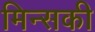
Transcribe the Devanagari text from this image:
मिन्सकी